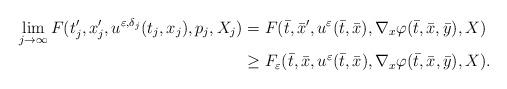
LaTeX: \begin{align*}\lim_{j\to\infty}F(t'_j,x'_j,u^{\varepsilon,\delta_j}(t_j,x_j),p_j,X_j)&=F(\bar{t},\bar{x}',u^\varepsilon(\bar{t},\bar{x}),\nabla_x\varphi(\bar{t},\bar{x},\bar{y}),X)\\&\ge F_\varepsilon(\bar{t},\bar{x},u^\varepsilon(\bar{t},\bar{x}),\nabla_x\varphi(\bar{t},\bar{x},\bar{y}),X).\end{align*}